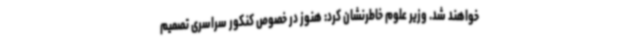
خواهند شد. وزیر علوم خاطرنشان کرد: هنوز در خصوص کنکور سراسری تصمیم